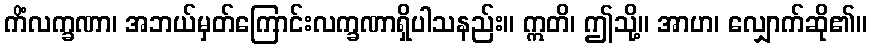
ကိံလက္ခဏာ၊ အဘယ်မှတ်ကြောင်းလက္ခဏာရှိပါသနည်း။ ဣတိ၊ ဤသို့။ အာဟ၊ လျှောက်ဆို၏။